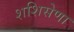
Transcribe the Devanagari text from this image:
शशिसेणा